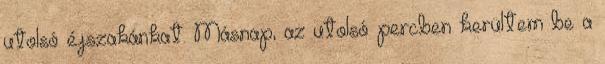
utolsó éjszakánkat. Másnap, az utolsó percben kerültem be a